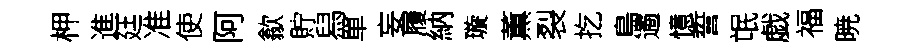
柙進廷准使阿歙貯舄單妄履納璇薫裂扢鳥遹憶誓氓戯福暁